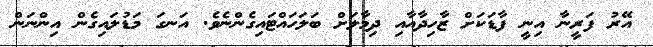
އޭރު ފަރީނާ އިނީ ފާޑަކަށް ޒާހިދާއާއި ދިމާލަށް ބަލަހައްޓައިގެންނެވެ. އަނގަ މަޑުލައިގެން އިންނަން